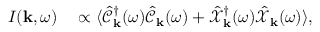
\begin{array} { r l } { I ( { \bf k } , \omega ) } & { { } \propto \langle \hat { \mathcal { C } } _ { \bf k } ^ { \dagger } ( \omega ) \hat { \mathcal { C } } _ { \bf k } ( \omega ) + \hat { \mathcal { X } } _ { \bf k } ^ { \dagger } ( \omega ) \hat { \mathcal { X } } _ { \bf k } ( \omega ) \rangle , } \end{array}